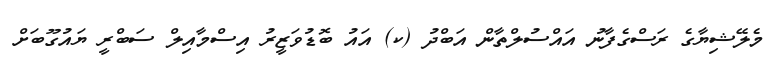
މެލޭޝިޔާގެ ރަސްގެފާނު އައްސުލްތާން އަބްދު (ކ) އައު ބޮޑުވަޒީރު އިސްމާއިލް ސަބްރީ ޔައުގޫބަށް